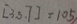
[ 3 , 5 , 7 ] = 1 0 5